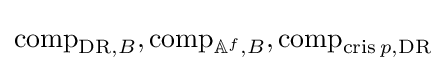
\operatorname {comp} _{\mathrm {DR} ,B},\operatorname {comp} _{\mathbb {A} ^{f},B},\operatorname {comp} _{\operatorname {cris} p,\mathrm {DR} }